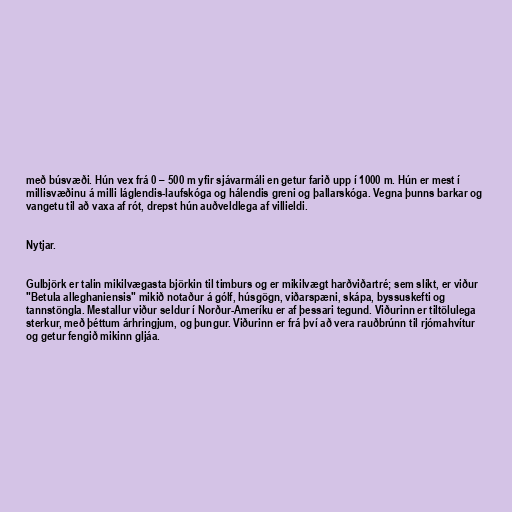
með búsvæði. Hún vex frá 0 – 500 m yfir sjávarmáli en getur farið upp í 1000 m. Hún er mest í
millisvæðinu á milli láglendis-laufskóga og hálendis greni og þallarskóga. Vegna þunns barkar og
vangetu til að vaxa af rót, drepst hún auðveldlega af villieldi.

Nytjar.

Gulbjörk er talin mikilvægasta björkin til timburs og er mikilvægt harðviðartré; sem slíkt, er viður
"Betula alleghaniensis" mikið notaður á gólf, húsgögn, viðarspæni, skápa, byssuskefti og
tannstöngla. Mestallur viður seldur í Norður-Ameríku er af þessari tegund. Viðurinn er tiltölulega
sterkur, með þéttum árhringjum, og þungur. Viðurinn er frá því að vera rauðbrúnn til rjómahvítur
og getur fengið mikinn gljáa.